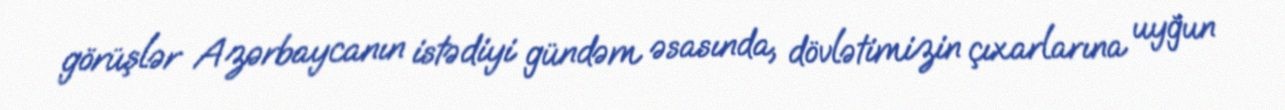
görüşlər Azərbaycanın istədiyi gündəm əsasında, dövlətimizin çıxarlarına uyğun